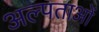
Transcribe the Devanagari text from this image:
अल्पताओं